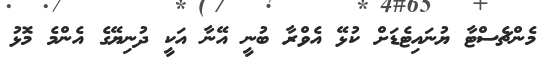
މެންޗެސްޓާ ޔުނައިޓެޑަށް ކުޅޭ އެވްރާ ބުނީ އޭނާ އަކީ ދުނިޔޭގެ އެންމެ މޮޅު